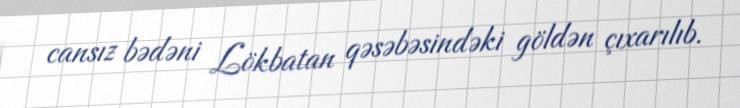
cansız bədəni Lökbatan qəsəbəsindəki göldən çıxarılıb.